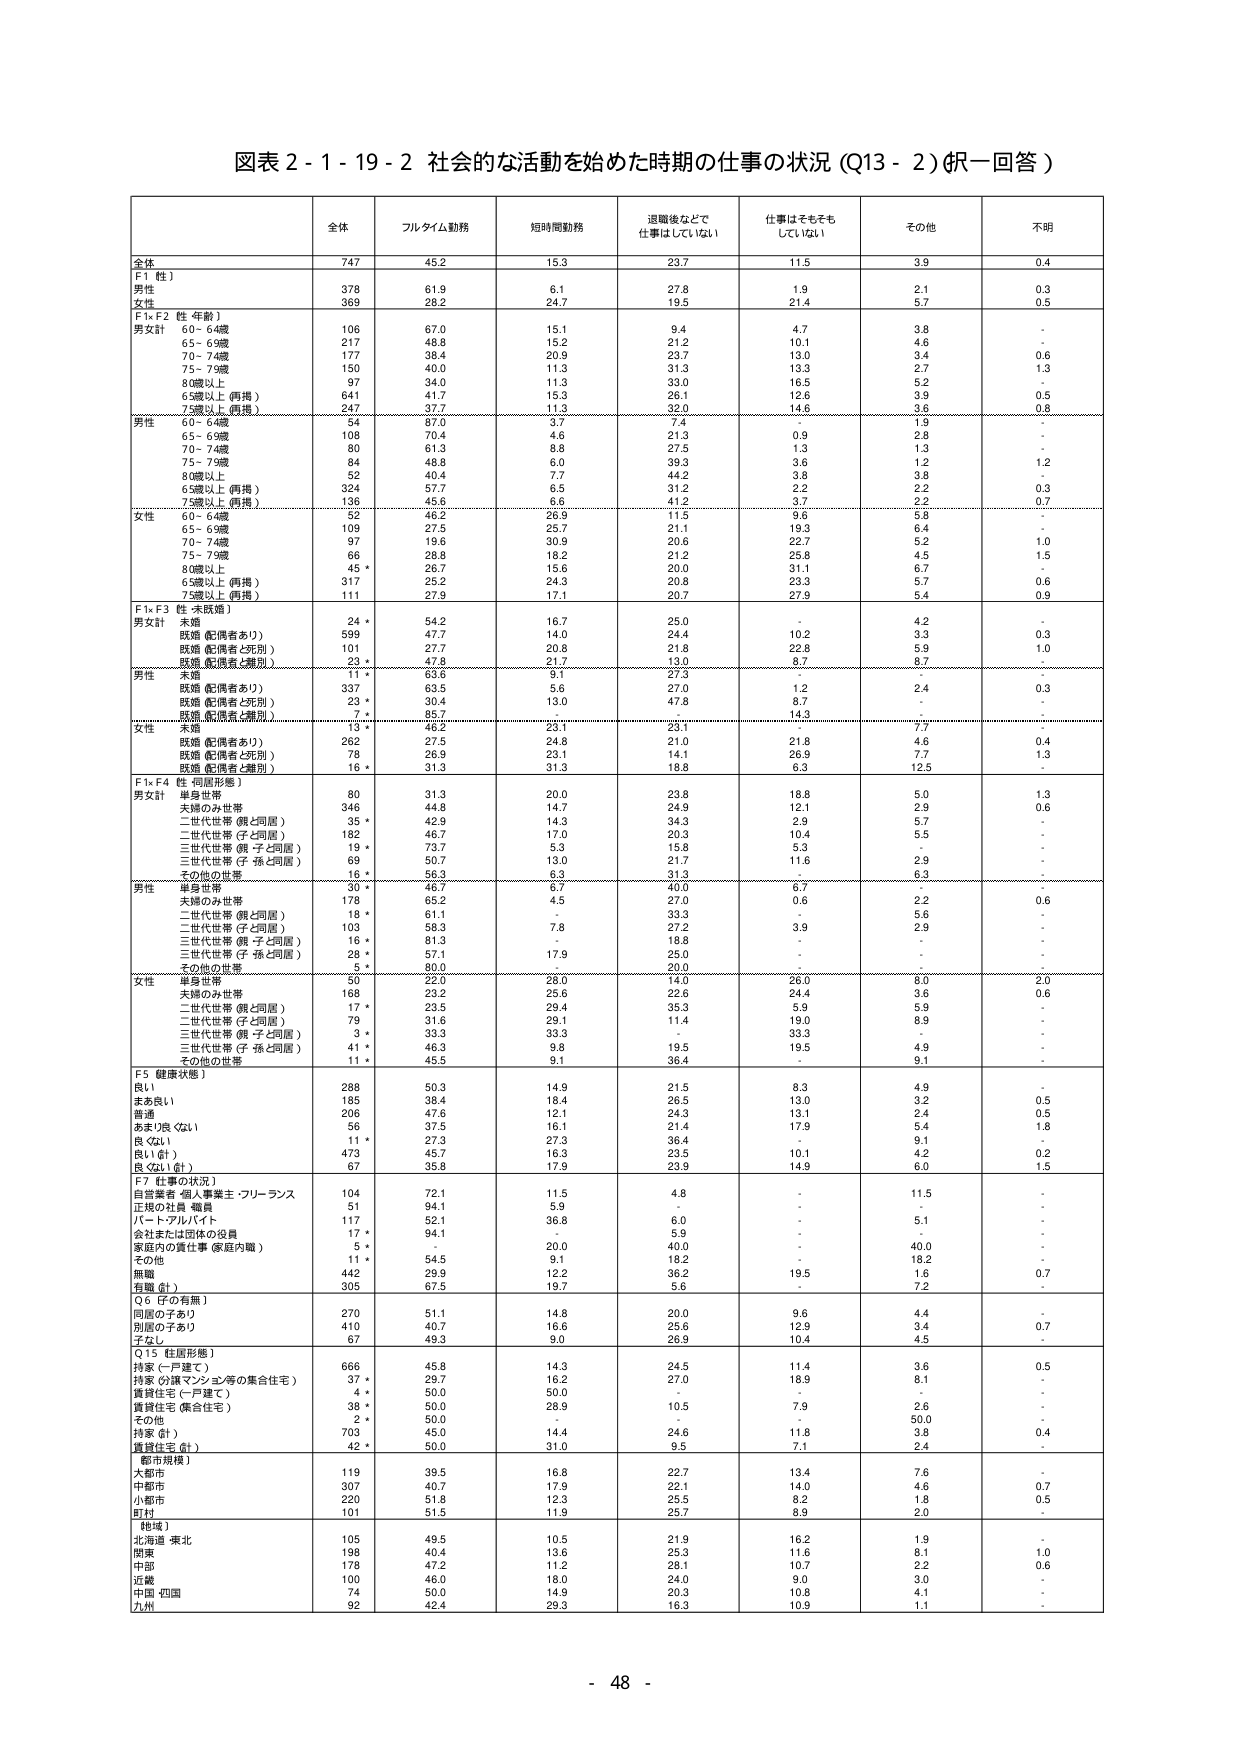
図表２-１-１９-２ 社会的な活動を始めた時期の仕事の状況（Q13-2）（択一回答）

全体 フルタイム勤務 短時間勤務 退職後などで仕事はしていない 仕事はそもそもしていない その他 不明

全体 747 45.2 15.3 23.7 11.5 3.9 0.4

F1〔性〕
男性 378 61.9 6.1 27.8 1.9 2.1 0.3
女性 369 28.2 24.7 19.5 21.4 5.7 0.5

F1×F2〔性・年齢〕
男女計 60-64歳 106 67.0 15.1 9.4 4.7 3.8 -
65-69歳 217 48.8 15.2 21.2 10.1 4.6 -
70-74歳 177 38.4 20.9 23.7 13.0 3.4 0.6
75-79歳 150 40.0 11.3 31.3 13.3 2.7 1.3
80歳以上 97 34.0 11.3 33.0 16.5 5.2 -
65歳以上（再掲） 641 41.7 15.3 26.1 12.6 3.9 0.5
75歳以上（再掲） 247 37.7 11.3 32.0 14.6 3.6 0.8

男性 60-64歳 54 87.0 3.7 7.4 - 1.9 -
65-69歳 108 70.4 4.6 21.3 0.9 2.8 -
70-74歳 80 61.3 8.8 27.5 1.3 1.3 -
75-79歳 84 48.8 6.0 39.3 3.6 1.2 1.2
80歳以上 52 40.4 7.7 44.2 3.8 3.8 -
65歳以上（再掲） 324 57.7 6.5 31.2 2.2 2.2 0.3
75歳以上（再掲） 136 45.6 6.6 41.2 3.7 2.2 0.7

女性 60-64歳 52 46.2 26.9 11.5 9.6 5.8 -
65-69歳 109 27.5 25.7 21.1 19.3 6.4 -
70-74歳 97 19.6 30.9 20.6 22.7 5.2 1.0
75-79歳 66 28.8 18.2 21.2 25.8 4.5 1.5
80歳以上 45 * 26.7 15.6 20.0 31.1 6.7 -
65歳以上（再掲） 317 25.2 24.3 20.8 23.3 5.7 0.6
75歳以上（再掲） 111 27.9 17.1 20.7 27.9 5.4 0.9

F1×F3〔性・未既婚〕
男女計 未婚 24 * 54.2 16.7 25.0 - 4.2 -
既婚（配偶者あり） 599 47.7 14.0 24.4 10.2 3.3 0.3
既婚（配偶者亡死別） 101 27.7 20.8 21.8 22.8 5.9 1.0
既婚（配偶者と離別） 23 * 47.8 21.7 13.0 8.7 8.7 -

男性 未婚 11 * 63.6 9.1 27.3 - - -
既婚（配偶者あり） 337 63.5 5.6 27.0 1.2 2.4 0.3
既婚（配偶者亡死別） 23 * 30.4 13.0 47.8 8.7 - -
既婚（配偶者と離別） 7 * 85.7 - - 14.3 - -

女性 未婚 13 * 46.2 23.1 23.1 - 7.7 -
既婚（配偶者あり） 262 27.5 24.8 21.0 21.8 4.6 0.4
既婚（配偶者亡死別） 78 26.9 23.1 14.1 26.9 7.7 1.3
既婚（配偶者と離別） 16 * 31.3 31.3 18.8 6.3 12.5 -

F1×F4〔性・世帯形態〕
男女計 単身世帯 80 31.3 20.0 23.8 18.8 5.0 1.3
夫婦のみ世帯 346 44.8 14.7 24.9 12.1 2.9 0.6
二世代世帯（親と同居） 35 * 42.9 14.3 34.3 2.9 5.7 -
二世代世帯（子と同居） 182 46.7 17.0 20.3 10.4 5.5 -
三世代世帯（親・子と同居） 19 * 73.7 5.3 - 15.8 5.3 -
三世代世帯（子・孫と同居） 69 50.7 13.0 21.7 11.6 2.9 -
その他の世帯 16 * 56.3 6.3 31.3 - 6.3 -

男性 単身世帯 30 * 46.7 6.7 40.0 6.7 - -
夫婦のみ世帯 178 65.2 4.5 27.0 0.6 2.2 0.6
二世代世帯（親と同居） 18 * 61.1 - 33.3 - 5.6 -
二世代世帯（子と同居） 103 58.3 7.8 27.2 3.9 2.9 -
三世代世帯（親・子と同居） 16 * 81.3 - 18.8 - - -
三世代世帯（子・孫と同居） 28 * 57.1 17.9 25.0 - - -
その他の世帯 5 * 80.0 - 20.0 - - -

女性 単身世帯 50 22.0 28.0 14.0 26.0 8.0 2.0
夫婦のみ世帯 168 23.2 25.6 22.6 24.4 3.6 0.6
二世代世帯（親と同居） 17 * 23.5 29.4 35.3 5.9 5.9 -
二世代世帯（子と同居） 79 31.6 29.1 11.4 19.0 8.9 -
三世代世帯（親・子と同居） 3 * 33.3 33.3 - 33.3 - -
三世代世帯（子・孫と同居） 41 * 46.3 9.8 19.5 19.5 4.9 -
その他の世帯 11 * 45.5 9.1 36.4 - 9.1 -

F5〔健康状態〕
良い 288 50.3 14.9 21.5 8.3 4.9 -
まあ良い 185 38.4 18.4 26.5 13.0 3.2 0.5
普通 206 47.6 12.1 24.3 13.1 2.4 0.5
あまり良くない 56 37.5 16.1 21.4 17.9 5.4 1.8
良くない 11 * 27.3 27.3 36.4 - 9.1 -
良い（計） 473 45.7 16.3 23.5 10.1 4.2 0.2
良くない（計） 67 35.8 17.9 23.9 14.9 6.0 1.5

F7〔仕事の状況〕
自営業者・個人事業主・フリーランス 104 72.1 11.5 4.8 - 11.5 -
正規の社員・職員 51 94.1 5.9 - - - -
パート・アルバイト 117 52.1 36.8 6.0 - 5.1 -
会社または団体の役員 17 * 94.1 - 5.9 - - -
家庭内の責任仕事（家庭内職） 5 * - 20.0 40.0 - 40.0 -
その他 11 * 54.5 9.1 18.2 - 18.2 -
無職 442 29.9 12.2 36.2 19.5 1.6 0.7
有職（計） 305 67.5 19.7 5.6 - 7.2 -

Q6〔子の有無〕
同居の子あり 270 51.1 14.8 20.0 9.6 4.4 -
別居の子あり 410 40.7 16.6 25.6 12.9 3.4 0.7
子なし 67 49.3 9.0 26.9 10.4 4.5 -

Q15〔住居形態〕
持家（一戸建て） 666 45.8 14.3 24.5 11.4 3.6 0.5
持家（分譲マンション等の集合住宅） 37 * 29.7 16.2 27.0 18.9 8.1 -
賃貸住宅（一戸建て） 4 * 50.0 50.0 - - - -
賃貸住宅（集合住宅） 38 * 50.0 28.9 10.5 7.9 2.6 -
その他 2 * 50.0 - - - 50.0 -
持家（計） 703 45.0 14.4 24.6 11.8 3.8 0.4
賃貸住宅（計） 42 * 50.0 31.0 9.5 7.1 2.4 -

〔都市規模〕
大都市 119 39.5 16.8 22.7 13.4 7.6 -
中都市 307 40.7 17.9 22.1 14.0 4.6 0.7
小都市 220 51.8 12.3 25.5 8.2 1.8 0.5
町村 101 51.5 11.9 26.7 8.9 2.0 -

〔地域〕
北海道・東北 105 49.5 10.5 21.9 16.2 1.9 -
関東 198 40.4 13.6 25.3 11.6 8.1 1.0
中部 178 47.2 11.2 28.1 10.7 2.2 0.6
近畿 100 46.0 18.0 24.0 9.0 3.0 -
中国・四国 74 50.0 14.9 20.3 10.8 4.1 -
九州 92 42.4 29.3 16.3 10.9 1.1 -

- 48 -